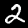
Label: 2